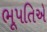
ભૂપતિએ